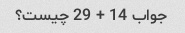
جواب 14 + 29 چیست؟